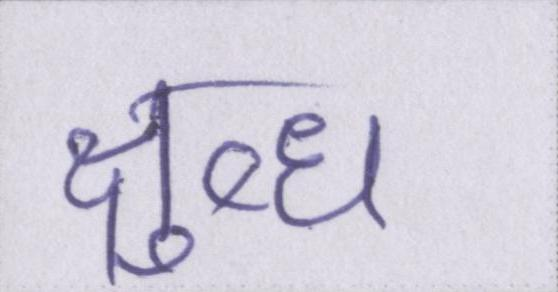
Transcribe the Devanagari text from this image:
क्षुब्ध